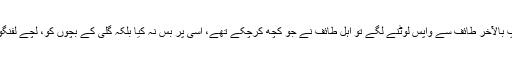
واقعات میں آتا ہے کہ جب آپؐ بالآخر طائف سے واپس لوٹنے لگے تو اہلِ طائف نے جو کچھ کرچکے تھے، اسی پر بس نہ کیا بلکہ گلی کے بچوں کو، لچے لفنگوں کو آپؐ کے پیچھے لگا دیا۔